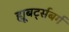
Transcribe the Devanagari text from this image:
ह्यूबर्ट्सबर्ग